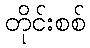
တိုင်းစစ်